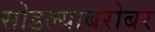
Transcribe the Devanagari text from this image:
सोडल्याबरोबर